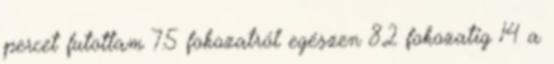
percet futottam 7.5 fokozatról egészen 8.2 fokozatig 14 a